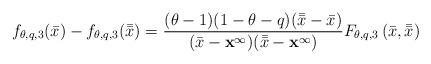
LaTeX: \begin{align*}f_{\theta, q, 3}(\bar{x}) -f_{\theta, q, 3}(\bar{\bar{x}})=\frac{(\theta-1)(1-\theta-q)(\bar{\bar{x}}-\bar{x})}{(\bar{x}-\mathbf{x}^{\infty})(\bar{\bar{x}}-\mathbf{x}^{\infty})}F_{\theta, q, 3}\left(\bar{x},\bar{\bar{x}}\right)\end{align*}